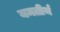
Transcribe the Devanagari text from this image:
यमतीर्थ